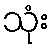
သုံး